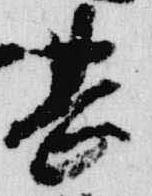
甚